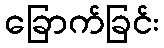
ခြောက်ခြင်း